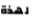
لهذة